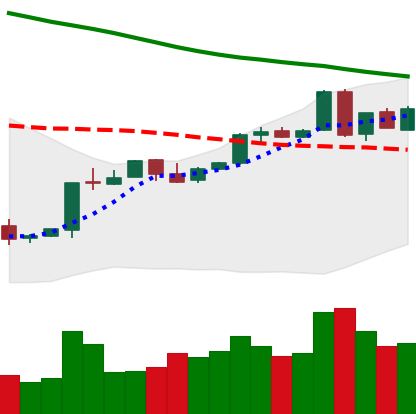
Ticker: BTC-USD
Chart end date: 2018-04-28
Forward return: 4.229%
Label: up_3_5